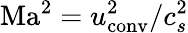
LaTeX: \mathrm{Ma}^{2}=u_{\mathrm{conv}}^{2}/c_{s}^{2}